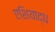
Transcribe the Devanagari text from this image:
एशियाद्ध